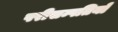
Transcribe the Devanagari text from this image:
परीसम्पतियों